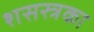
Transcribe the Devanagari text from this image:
शसस्त्रका